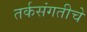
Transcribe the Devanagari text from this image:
तर्कसंगतीचे